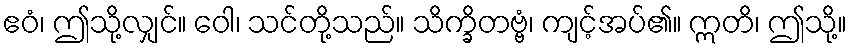
ဧဝံ၊ ဤသို့လျှင်။ ဝေါ၊ သင်တို့သည်။ သိက္ခိတဗ္ဗံ၊ ကျင့်အပ်၏။ ဣတိ၊ ဤသို့။